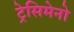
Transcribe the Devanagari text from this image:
ट्रेसिमेनो